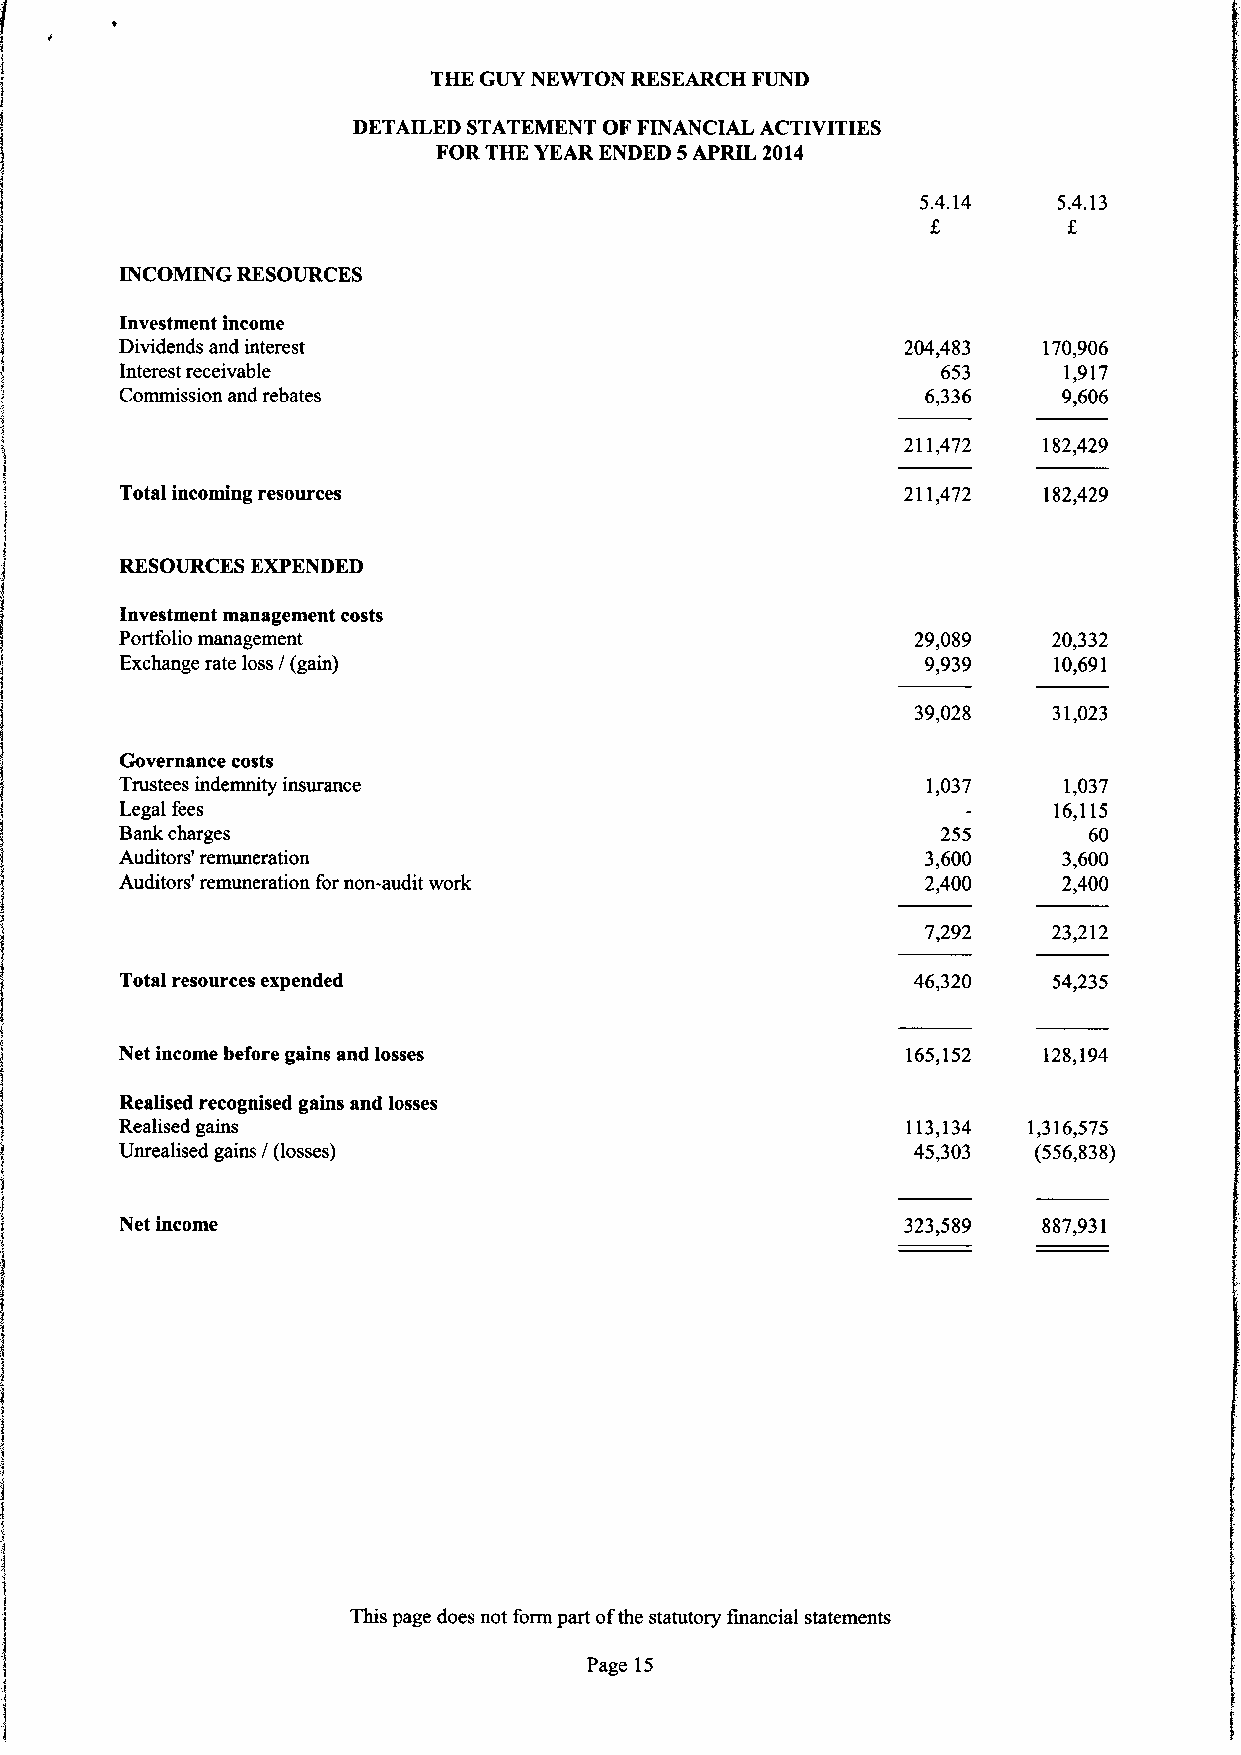
THE GUY NEWTON RESEARCH FUND
 DETAILED STATEMENT OF FINANCIAL ACTIVITIES
 FOR THE YEAR ENDED 5APRIL 2014
 5.4.14   5.4.13
 INCOMING RESOURCES
 Investment income
 Dividends and interest                              204,483  170,906
 Interest receivable                                   653     1,917
 Commission and rebates                               6,336    9,606
 211,472  182,429
 Total incoming resources                            211,472  182,429
 RESOURCES EXPENDED
 Investment management costs
 Portfolio management                                29,089    20,332
 Exchange rate loss / (gain)                          9,939    10,691
 39,028   31,023
 Governance costs
 Trustees indemnity insurance                         1,037    1,037
 Legal fees                                                    16,115
 Bank charges                                          255       60
 Auditors' remuneration                               3,600    3,600
 Auditors' remuneration for non-audit work            2,400    2,400
 7,292    23,212
 Total resources expended                            46,320    54,235
 Net income before gains and losses                  165,152  128,194
 Realised recognised gains and losses
 Realised gains                                      113,134 1,316,575
 Unrealised gains / (losses)                         45,303  (556,838)
 Net income                                          323,589  887,931
 This page does not form part ofthe statutory financial statements
 Page 15